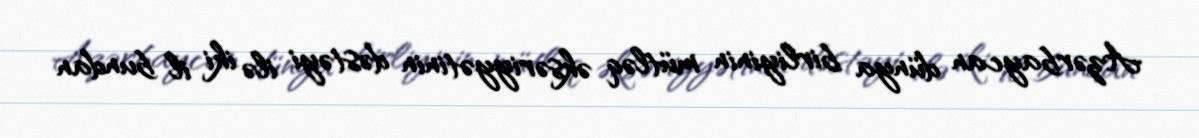
Azərbaycan dünya birliyinin mütləq əksəriyyətinin dəstəyi ilə iki il bundan